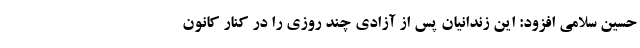
حسین سلامی افزود: این زندانیان پس از آزادی چند روزی را در کنار کانون